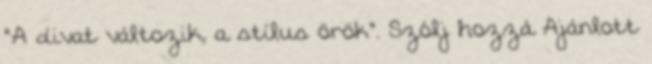
"A divat változik, a stílus örök". Szólj hozzá Ajánlott